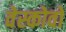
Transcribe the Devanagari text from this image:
वेस्कोवो